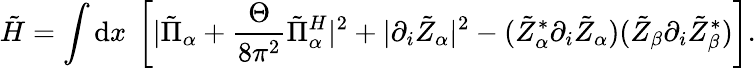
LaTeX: \tilde{H}=\int\mathrm{d}x~\left[|\tilde{\Pi}_{\alpha}+\frac{\Theta}{8\pi^{2}}\tilde{\Pi}_{\alpha}^{H}|^{2}+|\partial_{i}\tilde{Z}_{\alpha}|^{2}-(\tilde{Z}_{\alpha}^{*}\partial_{i}\tilde{Z}_{\alpha})(\tilde{Z}_{\beta}\partial_{i}\tilde{Z}_{\beta}^{*})\right].